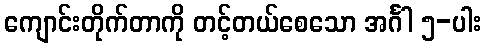
ကျောင်းတိုက်တာကို တင့်တယ်စေသော အင်္ဂါ ၅-ပါး